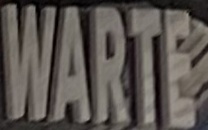
WARTE